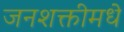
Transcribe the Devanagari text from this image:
जनशक्तीमधे